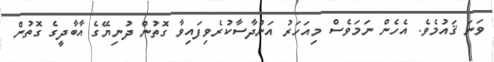
ވަނަ ޤައުމެވެ. އެހެން ނަމަވެސް މިއަހަރު އަންދާސާކުރެވިފައިވާ ގޮތުން ދުނިޔޭގެ އާބާދީގެ ގޮތުން